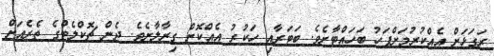
ރަގަޅަށް އެއްކުރުމަށްފަހު ބަހައްޓާށެވެ. ބަޓަރާއި ހަކުރު އެއްކޮށް ގިރާލާށެވެ. ދެން ޗޮކްލެޓްގެ ތެރެއަށް